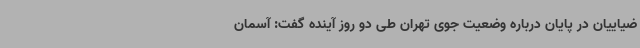
ضیاییان در پایان درباره وضعیت جوی تهران طی دو روز آینده گفت: آسمان